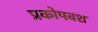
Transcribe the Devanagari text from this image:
प्रकोपवश